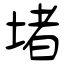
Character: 堵